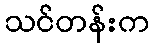
သင်တန်းက